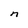
Character: n